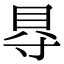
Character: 𮙮